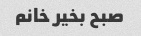
صبح بخیر خانم